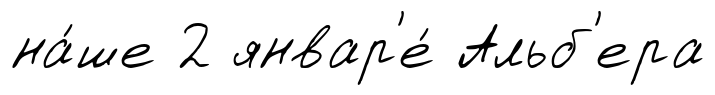
на́ше 2 январ'е́ Альб'ера